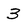
Character: 3